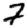
Digit: 7